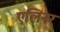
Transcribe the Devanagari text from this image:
एलिनर